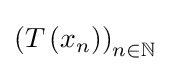
\left(T\left(x_{n}\right)\right)_{n\in \mathbb {N} }